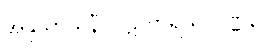
အနုသာသနီ ပါဋိဟာရိယ ဝဏ္ဏနာ။